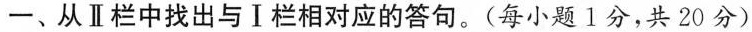
一、从Ⅱ栏中找出与Ⅰ栏相对应的答句.(每小题 1分,共 20 分)